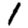
Digit: 1